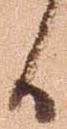
候